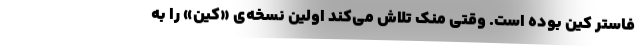
فاستر کین بوده است. وقتی منک تلاش می‌کند اولین نسخه‌ی «کین» را به